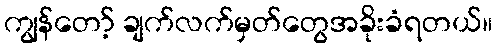
ကျွန်တော့် ချက်လက်မှတ်တွေအခိုးခံရတယ်။